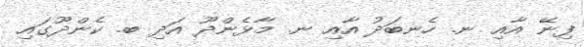
ފިނޭ އާއި ނ. ހެނބަދު އާއި ނ. މާޅެންދޫ އަދި ބ. ކެންދޫގައި